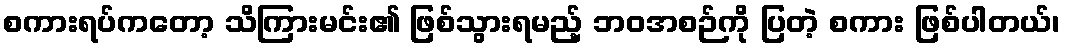
စကားရပ်ကတော့ သိကြားမင်း၏ ဖြစ်သွားရမည့် ဘဝအစဉ်ကို ပြတဲ့ စကား ဖြစ်ပါတယ်၊